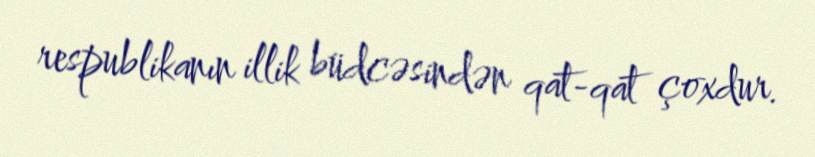
respublikanın illik büdcəsindən qat-qat çoxdur.